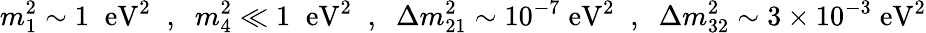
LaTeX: m_{1}^{2}\sim 1\; \; \mathrm{eV}^{2}\; \; ,\; \; m_{4}^{2}\ll 1\; \; \mathrm{eV}^{2}\; \; ,\; \; \Delta m_{21}^{2}\sim 10^{-7}\; \mathrm{eV}^{2}\; \; ,\; \; \Delta m_{32}^{2}\sim 3\times 10^{-3}\; \mathrm{eV}^{2}